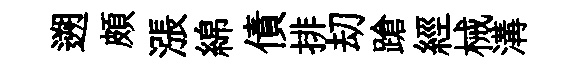
遡頗漲綿債排刧蹌經械溝